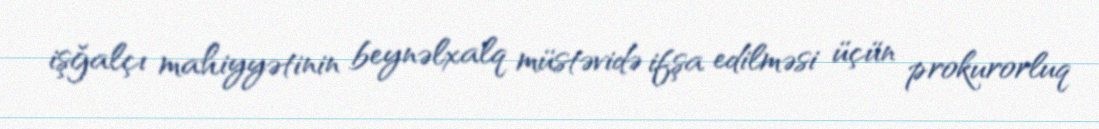
işğalçı mahiyyətinin beynəlxalq müstəvidə ifşa edilməsi üçün prokurorluq